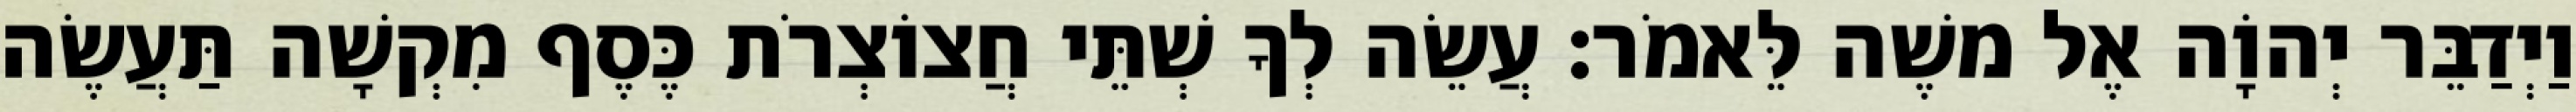
וַיְדַבֵּר יְהוָֹה אֶל משֶׁה לֵּאמֹר׃ עֲשֵׂה לְךָ שְׁתֵּי חֲצוֹצְרֹת כֶּסֶף מִקְשָׁה תַּעֲשֶׂה